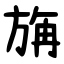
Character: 㫋